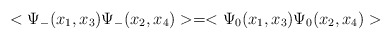
\begin{align*}<\Psi_{-}(x_1, x_3)\Psi_{-}(x_2, x_4)> = <\Psi_{0}(x_1, x_3)\Psi_{0}(x_2, x_4)>\end{align*}